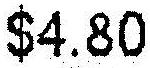
$4.80